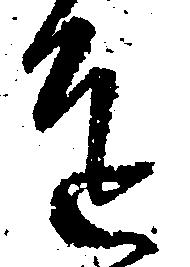
達